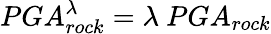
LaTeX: PGA_{rock}^{\lambda}=\lambda~PGA_{rock}